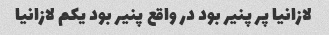
لازانیا پر پنیر بود در واقع پنیر بود یکم لازانیا